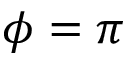
\phi = \pi